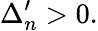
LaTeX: \Delta_{n}^{\prime}>0.